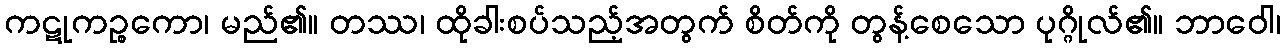
ကဋုကဉ္စကော၊ မည်၏။ တဿ၊ ထိုခါးစပ်သည့်အတွက် စိတ်ကို တွန့်စေသော ပုဂ္ဂိုလ်၏။ ဘာဝေါ၊